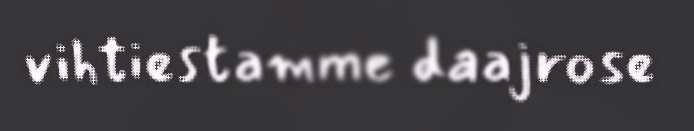
vihtiestamme daajrose